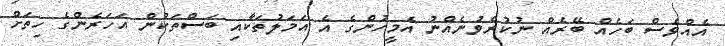
އެއްވެސް ބަހެއް ބޭރެއް ނުކުރެވުނެއްނު އެމީހުންގެ އެ އަމަލުތަކާއި ބަސްތަކުން އަހަރެންގެ ހިތަށް